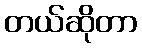
တယ်ဆိုတာ